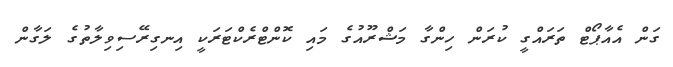
ގަން އެއާޕޯޓް ތަރައްގީ ކުރަން ހިންގާ މަޝްރޫއުގެ މައި ކޮންޓްރެކްޓަރަކީ އިނގިރޭސިވިލާތުގެ ލަގާން